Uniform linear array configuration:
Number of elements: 64
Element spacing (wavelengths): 0.25
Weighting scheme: uniform
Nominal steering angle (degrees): -45
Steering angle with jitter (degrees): -46.731
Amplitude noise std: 0.05
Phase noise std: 0.05

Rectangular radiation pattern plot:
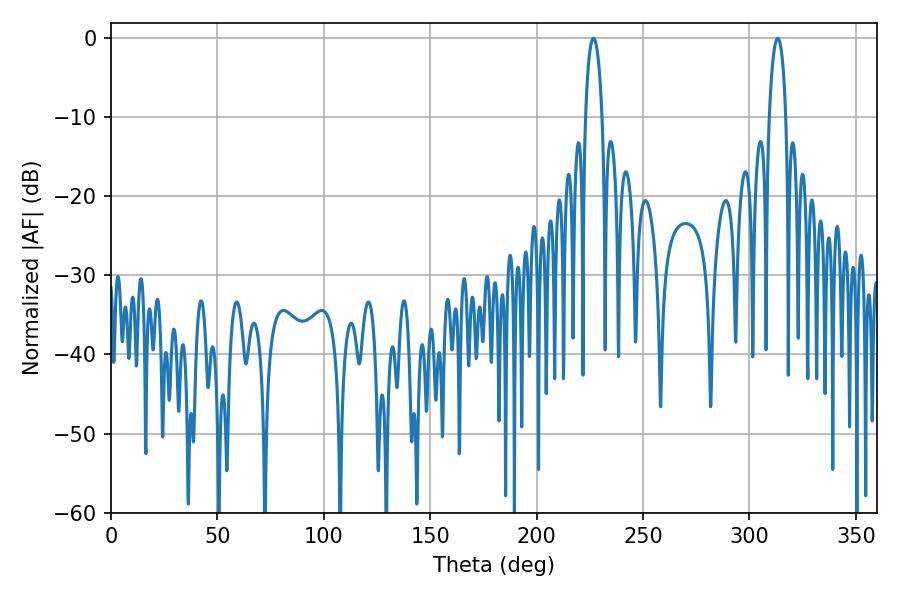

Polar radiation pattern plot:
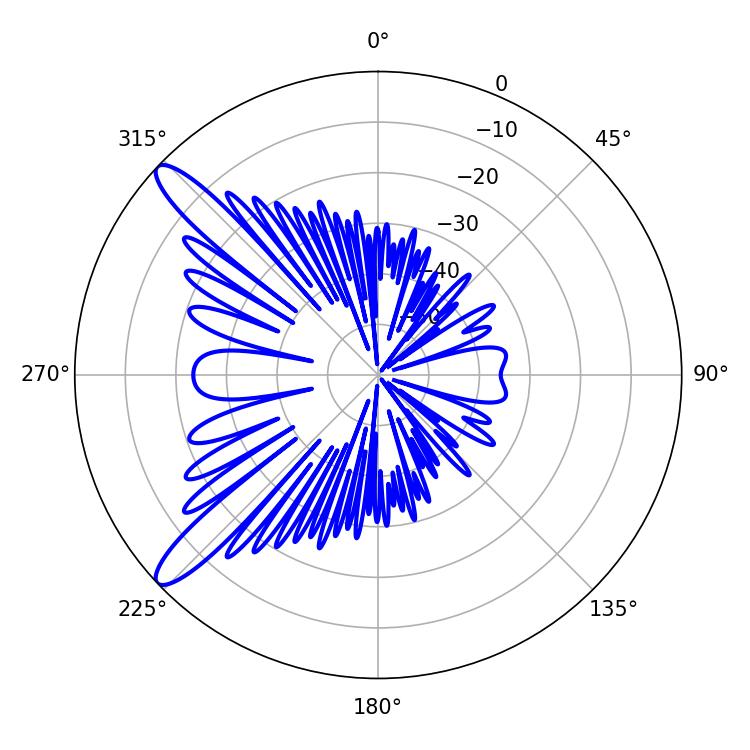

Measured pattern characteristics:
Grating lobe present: FALSE
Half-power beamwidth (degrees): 4.5
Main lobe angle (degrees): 226.62